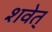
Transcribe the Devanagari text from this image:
शवेत्